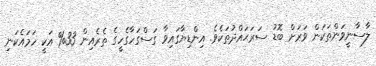
ލާސާނީވަންތަކަން ވަރަށް ބޮޑު ސަރަޙައްދުތަކެވެ. އިންޑިޔާގައިވާ ގަސްގަހާގެހީގެ ތެރެއިން 33% އަކީ ހަމައެކަނި